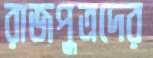
রাজপুত্রদের